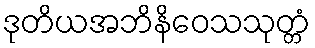
ဒုတိယအဘိနိဝေသသုတ္တံ